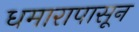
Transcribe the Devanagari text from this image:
धमारापासून